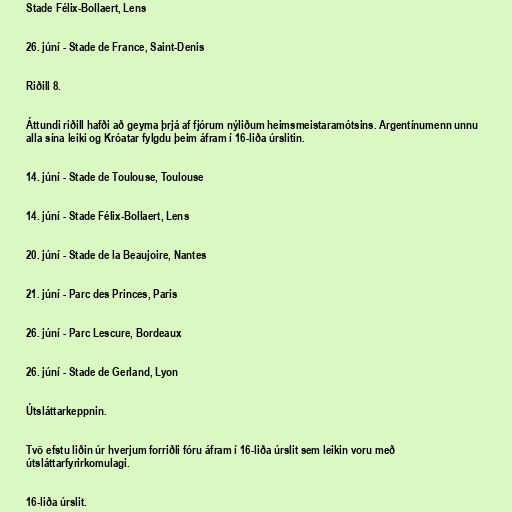
Stade Félix-Bollaert, Lens

26. júní - Stade de France, Saint-Denis

Riðill 8.

Áttundi riðill hafði að geyma þrjá af fjórum nýliðum heimsmeistaramótsins. Argentínumenn unnu
alla sína leiki og Króatar fylgdu þeim áfram í 16-liða úrslitin.

14. júní - Stade de Toulouse, Toulouse

14. júní - Stade Félix-Bollaert, Lens

20. júní - Stade de la Beaujoire, Nantes

21. júní - Parc des Princes, Paris

26. júní - Parc Lescure, Bordeaux

26. júní - Stade de Gerland, Lyon

Útsláttarkeppnin.

Tvö efstu liðin úr hverjum forriðli fóru áfram í 16-liða úrslit sem leikin voru með
útsláttarfyrirkomulagi.

16-liða úrslit.